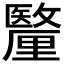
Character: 𮡟